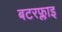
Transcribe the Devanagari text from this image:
बटरफ्लाइ